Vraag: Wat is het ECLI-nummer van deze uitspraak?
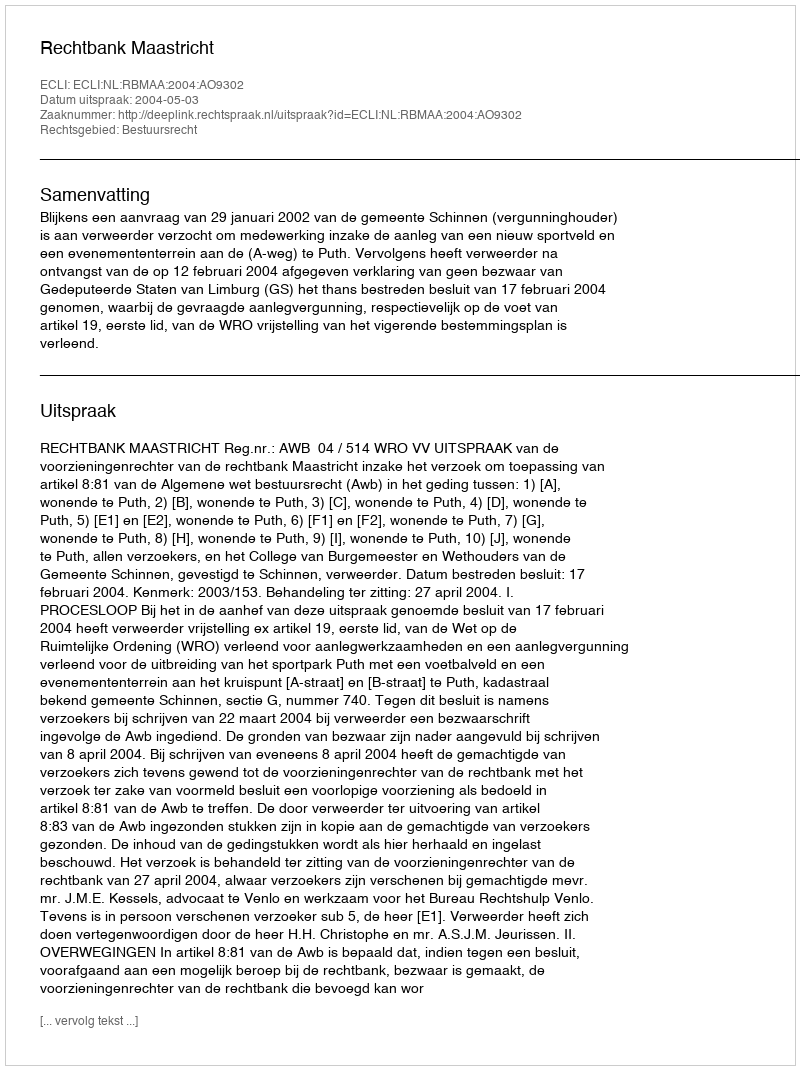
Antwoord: ECLI:NL:RBMAA:2004:AO9302